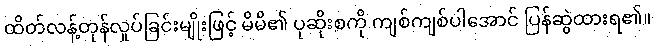
ထိတ်လန့်တုန်လှုပ်ခြင်းမျိုးဖြင့် မိမိ၏ ပုဆိုးစကို ကျစ်ကျစ်ပါအောင် ပြန်ဆွဲထားရ၏။